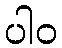
ပါဝ